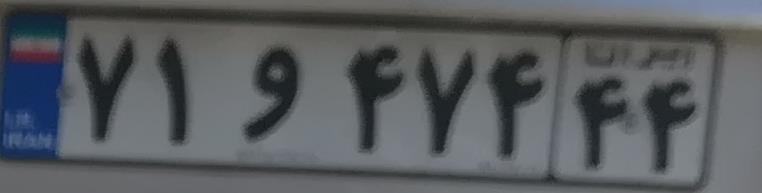
۷۱و۴۷۴۴۴